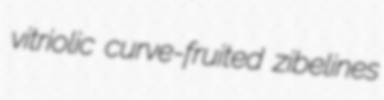
vitriolic curve-fruited zibelines